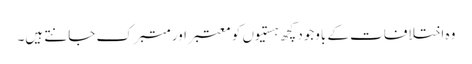
وہ اختلافات کے باوجود کچھ ہستیوں کو معتبر اور متبرک جانتے ہیں۔